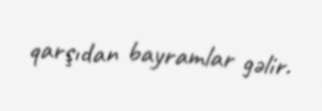
qarşıdan bayramlar gəlir.